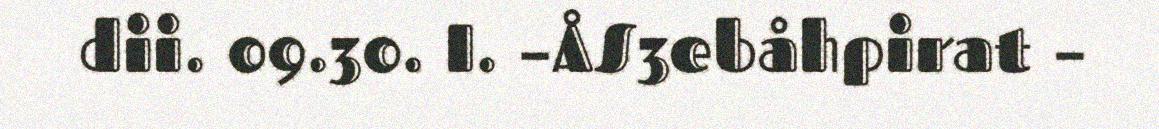
dii. 09.30. I. –ÅS3ebåhpirat –